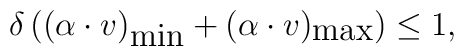
\delta\,((\alpha\cdot v)_{\mbox{min}}+(\alpha\cdot v)_{\mbox{max}})\leq1,